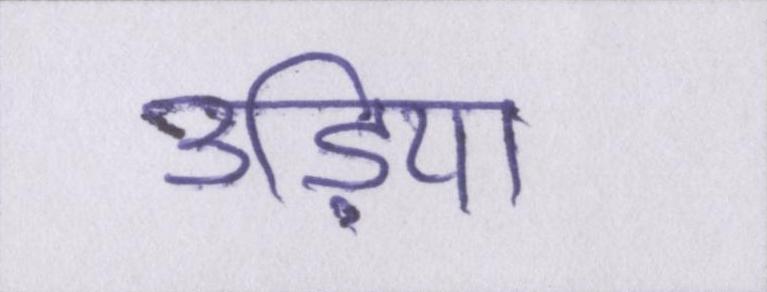
उड़िया